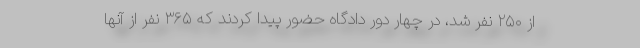
از ۲۵۰ نفر شد، در چهار دور دادگاه حضور پیدا کردند که ۳۶۵ نفر از آنها